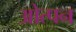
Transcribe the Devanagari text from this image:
ओत्पन